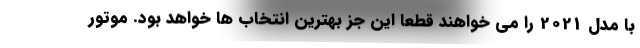
با مدل 2021 را می خواهند قطعا این جز بهترین انتخاب ها خواهد بود. موتور